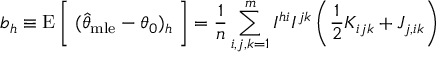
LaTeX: b _ { h } \equiv \operatorname { E } { \bigg [ } \; ( { \widehat { \theta } } _ { \mathrm { m l e } } - \theta _ { 0 } ) _ { h } \; { \bigg ] } = { \frac { 1 } { n } } \sum _ { i , j , k = 1 } ^ { m } I ^ { h i } I ^ { j k } \left( { \frac { 1 } { 2 } } K _ { i j k } + J _ { j , i k } \right)